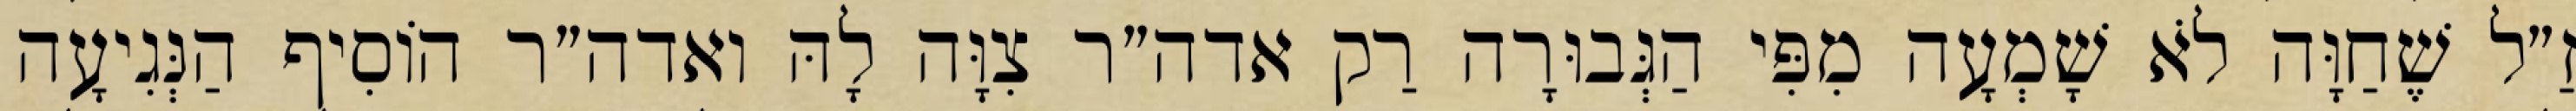
זַ״ל שֶׁחַוָּה לֹא שָׁמְעָה מִפִּי הַגְּבוּרָה רַק אדה״ר צִוָּה לָהּ ואדה״ר הוֹסִיף הַנְּגִיעָה